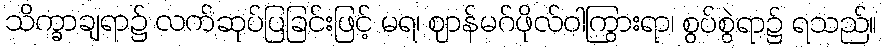
သိက္ခာချရာ၌ လက်ဆုပ်ပြခြင်းဖြင့် မရ၊ ဈာန်မဂ်ဖိုလ်ဝါကြွားရာ၊ စွပ်စွဲရာ၌ ရသည်။